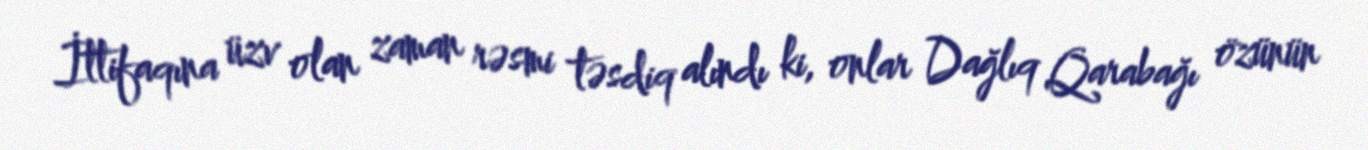
İttifaqına üzv olan zaman rəsmi təsdiq alındı ki, onlar Dağlıq Qarabağı özünün